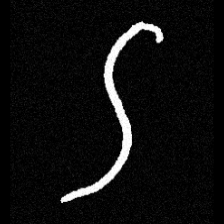
Pyu character \u2014 Myanmar letter: ဌ (romanized: ttha)